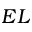
E L